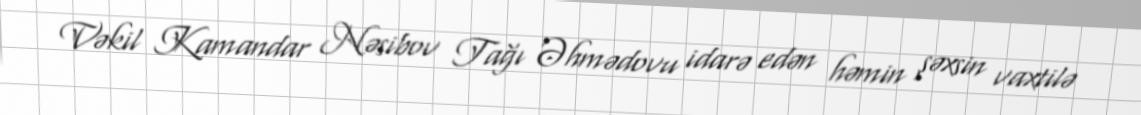
Vəkil Kamandar Nəsibov Tağı Əhmədovu idarə edən həmin şəxsin vaxtilə